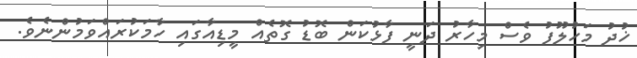
ޚުދު މަހުލޫފު ވެސް މިހާރު ދަނީ ފާޅުކަން ބޮޑު ގޮތެއް މީޑިއާގައި ހާމަކުރައްވަމުންނެވެ.